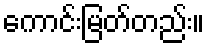
ကောင်းမြတ်တည်း။